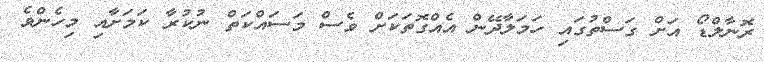
ރޮނާލްޑޯ އަށް ގަސްތުގައި ހަމަލާދޭން އެއްގޮތަކަށް ވެސް މަސައްކަތް ނުކުރާ ކަމަށާއި މިހެންވެ